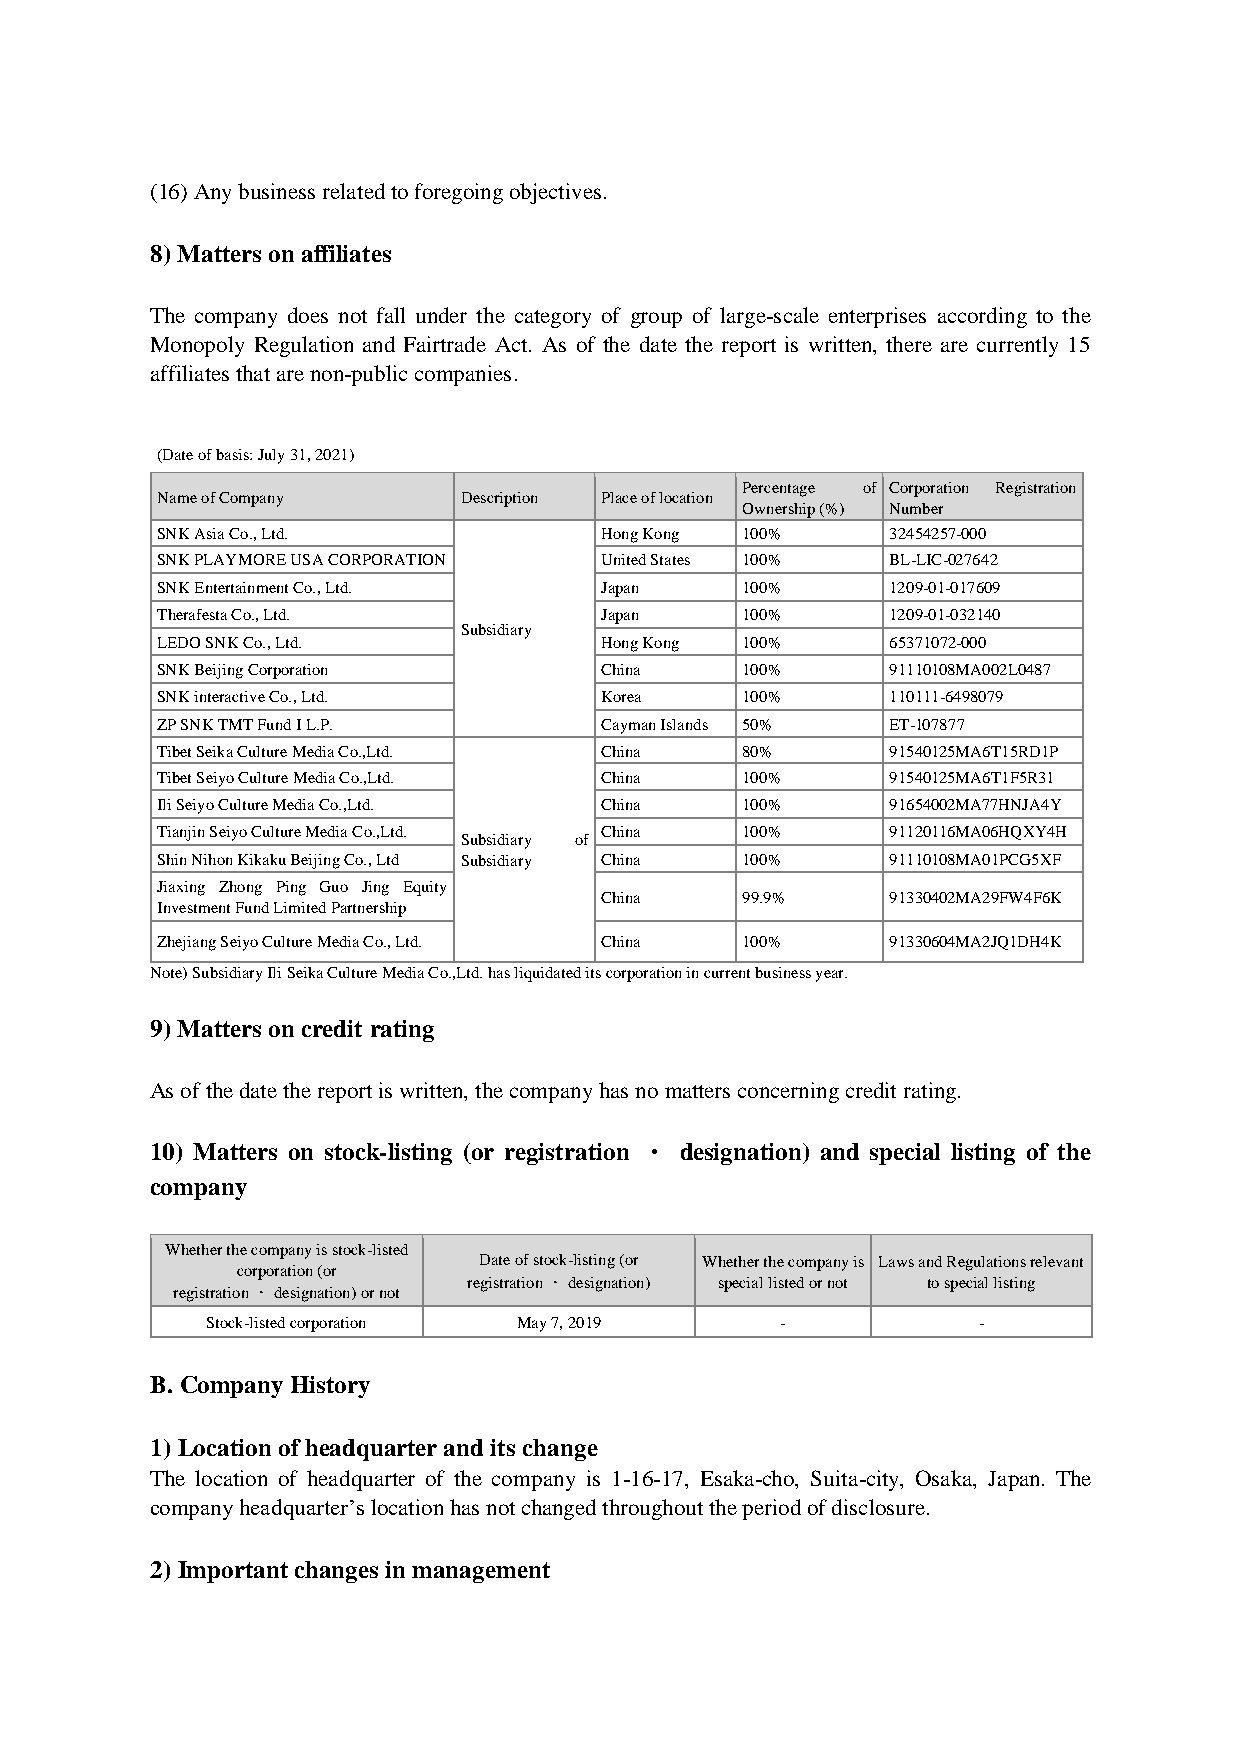
(16) Any business related to foregoing objectives.
 8) Matters on affiliates
 The company does not fall under the category of group of large-scale enterprises according to the
 Monopoly Regulation and Fairtrade Act. As of the date the report is written, there are currently 15
 affiliates that are non-public companies.
 (Date of basis: July 31, 2021)
 Percentage of Corporation Registration
 Name of Company     Description Place of location
 Ownership (%) Number
 SNK Asia Co., Ltd.            Hong Kong 100%     32454257-000
 SNK PLAYMORE USA CORPORATION  United States 100% BL-LIC-027642
 SNK Entertainment Co., Ltd.   Japan    100%      1209-01-017609
 Therafesta Co., Ltd.          Japan    100%      1209-01-032140
 Subsidiary
 LEDO SNK Co., Ltd.            Hong Kong 100%     65371072-000
 SNK Beijing Corporation       China    100%      91110108MA002L0487
 SNK interactive Co., Ltd.     Korea    100%      110111-6498079
 ZP SNK TMT Fund I L.P.        Cayman Islands 50% ET-107877
 Tibet Seika Culture Media Co.,Ltd. China 80%     91540125MA6T15RD1P
 Tibet Seiyo Culture Media Co.,Ltd. China 100%    91540125MA6T1F5R31
 Ili Seiyo Culture Media Co.,Ltd. China 100%      91654002MA77HNJA4Y
 Tianjin Seiyo Culture Media Co.,Ltd. China 100%  91120116MA06HQXY4H
 Subsidiary of
 Shin Nihon Kikaku Beijing Co., Ltd Subsidiary China 100% 91110108MA01PCG5XF
 Jiaxing Zhong Ping Guo Jing Equity
 China    99.9%     91330402MA29FW4F6K
 Investment Fund Limited Partnership
 Zhejiang Seiyo Culture Media Co., Ltd. China 100% 91330604MA2JQ1DH4K
 Note) Subsidiary Ili Seika Culture Media Co.,Ltd. has liquidated its corporation in current business year.
 9) Matters on credit rating
 As of the date the report is written, the company has no matters concerning credit rating.
 10) Matters on stock-listing (or registration ㆍ designation) and special listing of the
 company
 Whether the company is stock-listed
 Date of stock-listing (or Whether the company is Laws and Regulations relevant
 corporation (or
 registrationㆍdesignation) special listed or not to special listing
 registrationㆍdesignation) or not
 Stock-listed corporation May 7, 2019  -            -
 B. Company History
 1) Location of headquarter and its change
 The location of headquarter of the company is 1-16-17, Esaka-cho, Suita-city, Osaka, Japan. The
 company headquarter’s location has not changed throughout the period of disclosure.
 2) Important changes in management